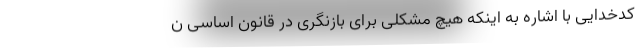
کدخدایی با اشاره به اینکه هیچ مشکلی برای بازنگری در قانون اساسی ن